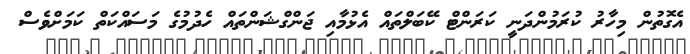
އެގޮތުން މިހާރު ކުރަމުންދަނީ ކަރަންޓް ކޭބަލްތައް އެޅުމާއި ޖަންގްޝަންތައް ހެދުމުގެ މަސައްކަތް ކަމަށްވެސް